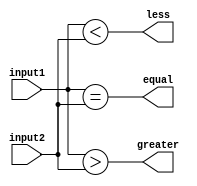
module comparator_4bits (
    input [3:0] input1,
    input [3:0] input2,
    output equal,
    output greater,
    output less
);

assign equal = (input1 == input2);
assign greater = (input1 > input2);
assign less = (input1 < input2);

endmodule